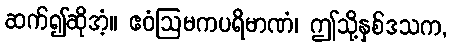
ဆက်၍ဆိုအံ့။ ဧဝံဩမကပရိမာဏံ၊ ဤသို့နှစ်ဒသက,